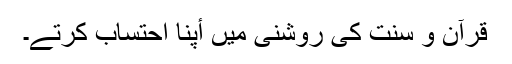
قرآن و سنت کی روشنی میں أپنا احتساب کرتے۔